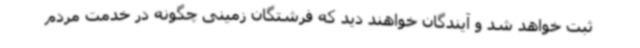
ثبت خواهد شد و آیندگان خواهند دید که فرشتگان زمینی چگونه در خدمت مردم